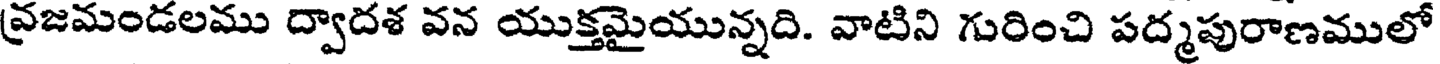
వ్రజమండలము ద్వాదశ వన యుక్తమైయున్నది. వాటిని గురించి పద్మపురాణములో